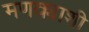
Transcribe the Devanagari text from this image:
मणक्याशी